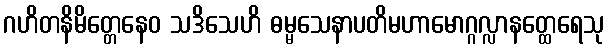
ဂဟိတနိမိတ္တေနေဝ သဒိသေဟိ ဓမ္မသေနာပတိမဟာမောဂ္ဂလ္လာနတ္ထေရေသု